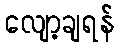
လျော့ချရန်